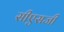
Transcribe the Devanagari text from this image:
सीएसजी